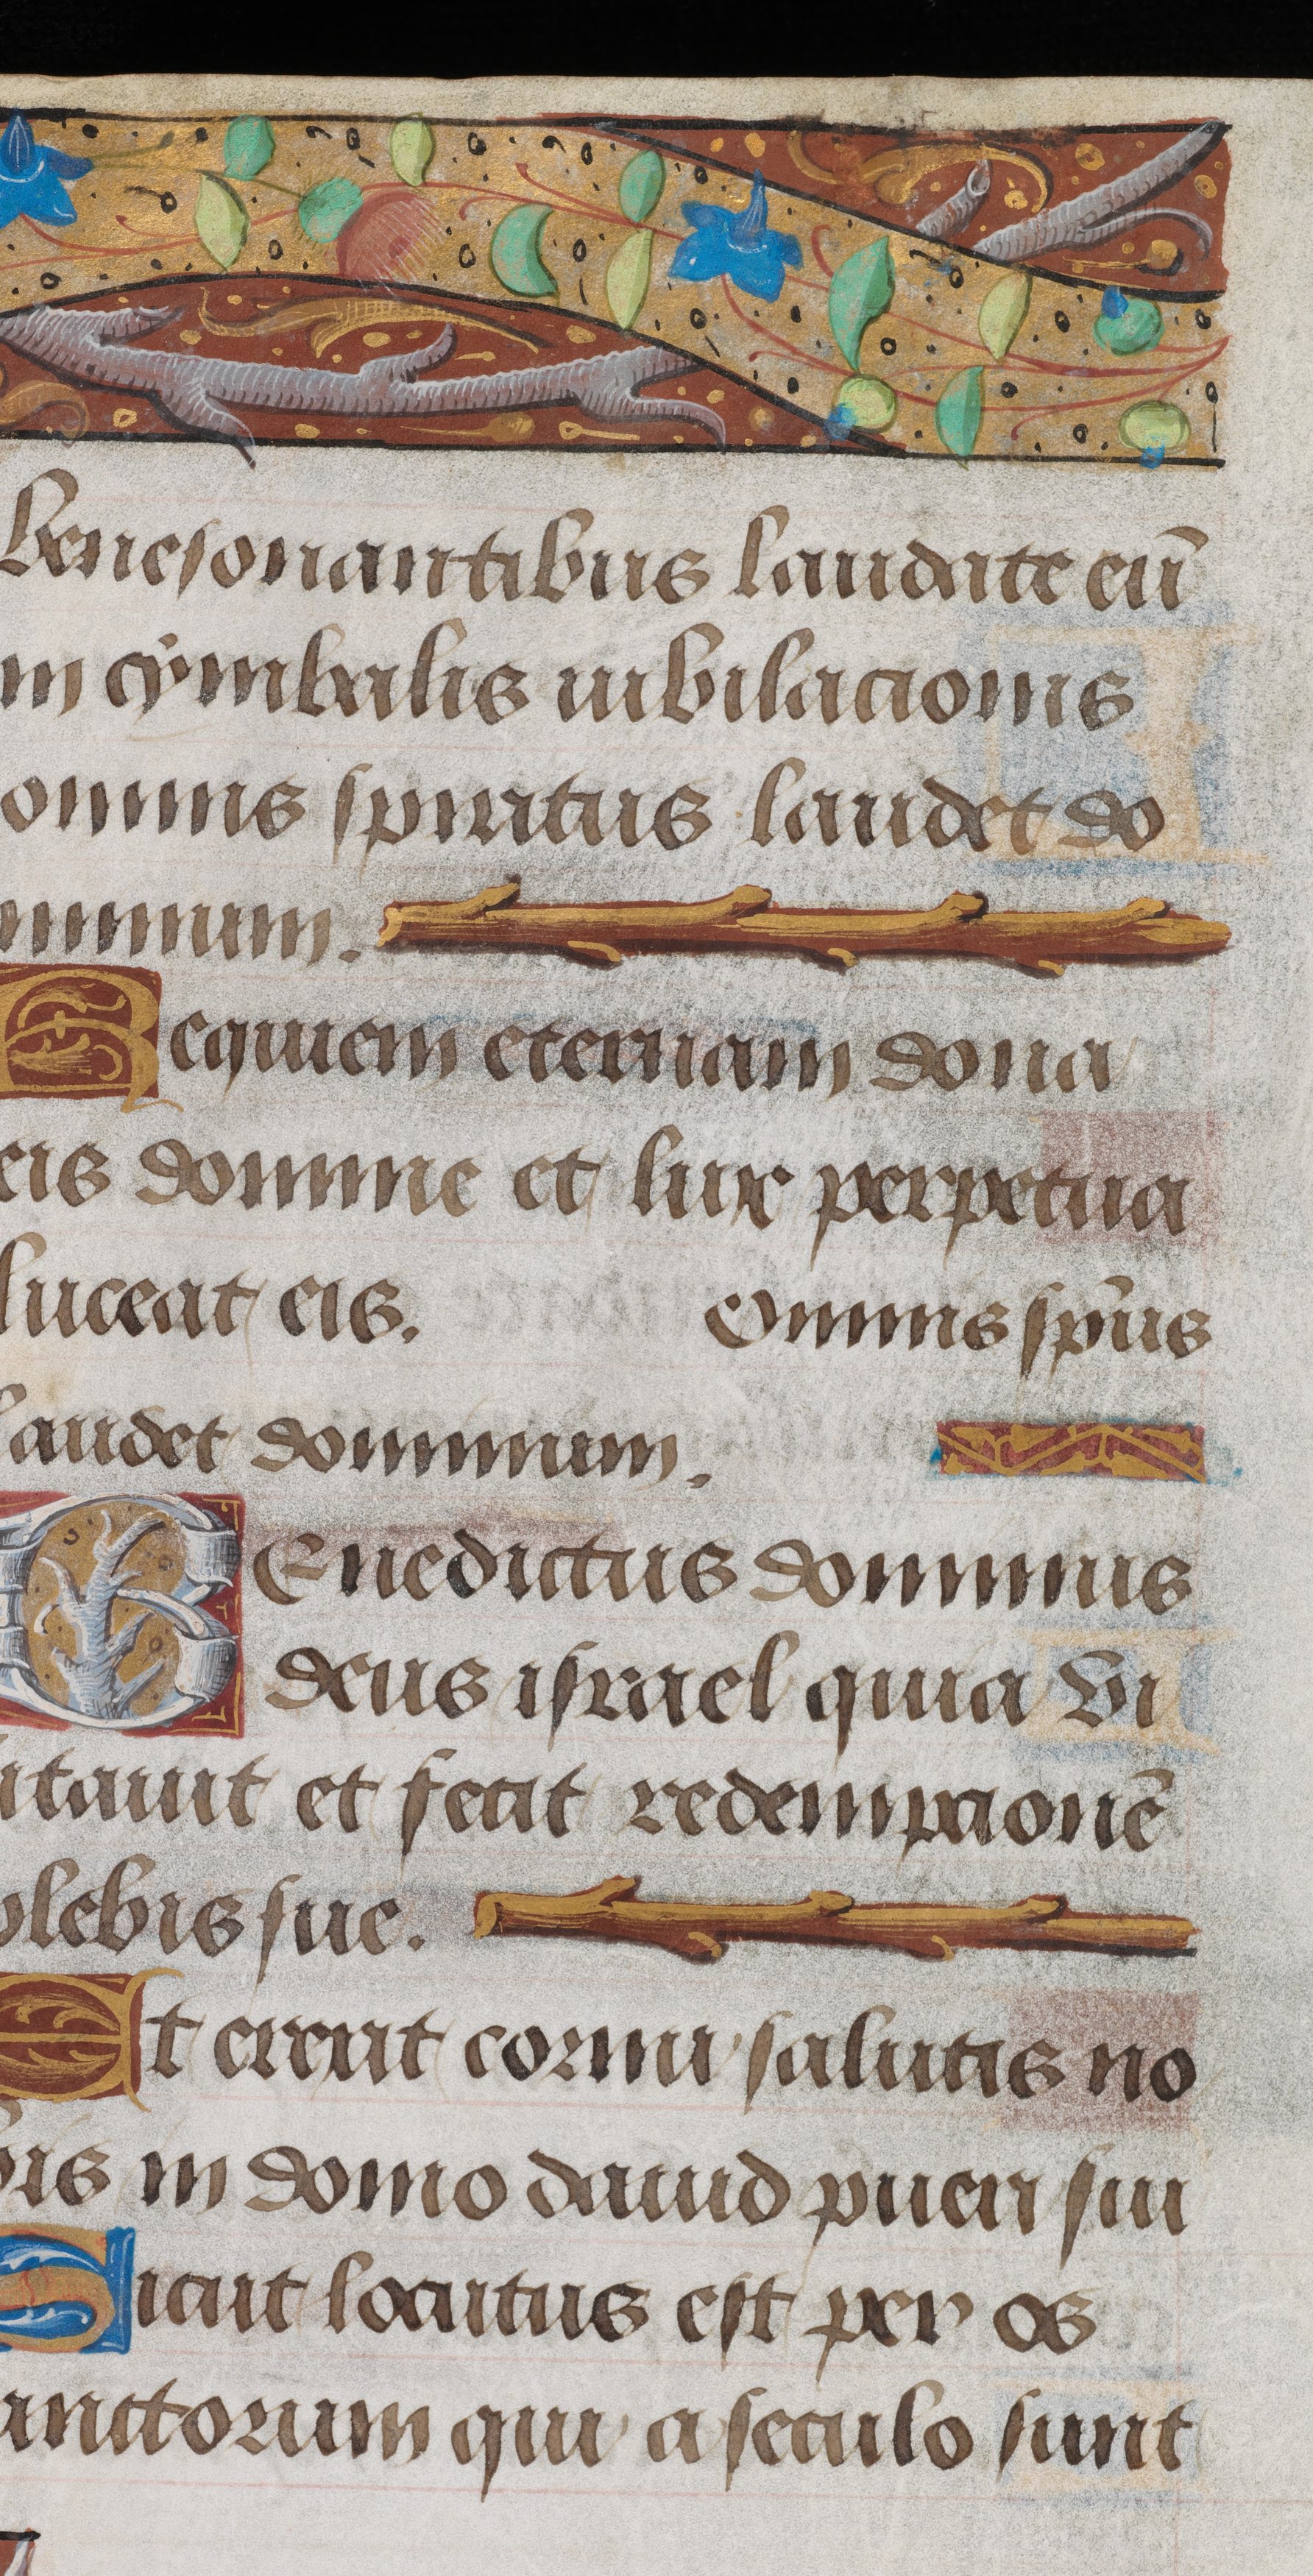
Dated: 1495–1498